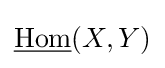
{\underline {\operatorname {Hom} }}(X,Y)